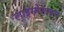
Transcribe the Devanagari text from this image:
लाइसोजाइम